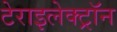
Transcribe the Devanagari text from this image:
टेराइलेक्ट्रॉन